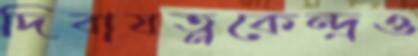
দিবাযত্নকেন্দ্রও